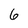
Character: 6